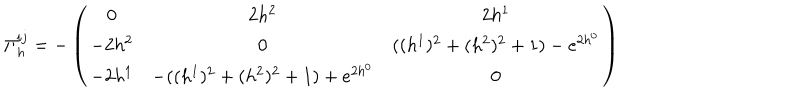
LaTeX: \Pi _ { h } ^ { i j } = - \left( \begin{matrix} { { 0 } } & { { 2 h ^ { 2 } } } & { { 2 h ^ { 1 } } } \\ { { - 2 h ^ { 2 } } } & { { 0 } } & { { ( ( h ^ { 1 } ) ^ { 2 } + ( h ^ { 2 } ) ^ { 2 } + 1 ) - e ^ { 2 h ^ { 0 } } } } \\ { { - 2 h ^ { 1 } } } & { { - ( ( h ^ { 1 } ) ^ { 2 } + ( h ^ { 2 } ) ^ { 2 } + 1 ) + e ^ { 2 h ^ { 0 } } } } & { { 0 } } \\ \end{matrix} \right)